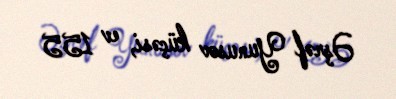
Əşrəf Yunusov küçəsi, ev 155